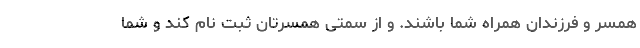
همسر و فرزندان همراه شما باشند. و از سمتی همسرتان ثبت نام کند و شما